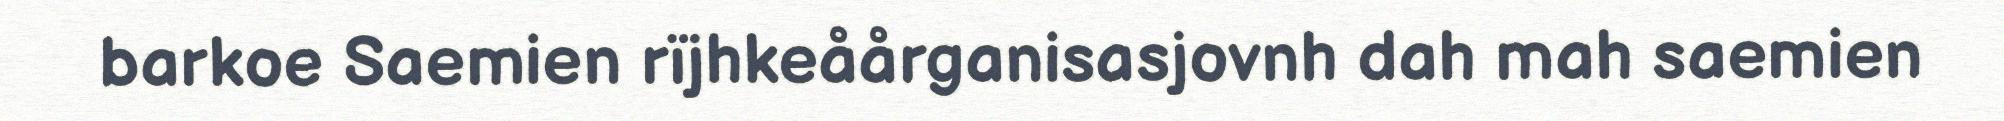
barkoe Saemien rïjhkeåårganisasjovnh dah mah saemien